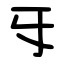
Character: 㸦